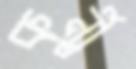
কুর্নী